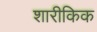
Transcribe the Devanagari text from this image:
शारीकिक